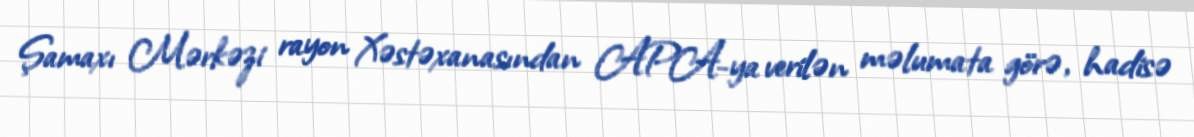
Şamaxı Mərkəzi rayon Xəstəxanasından APA-ya verilən məlumata görə, hadisə